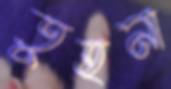
তুহনা